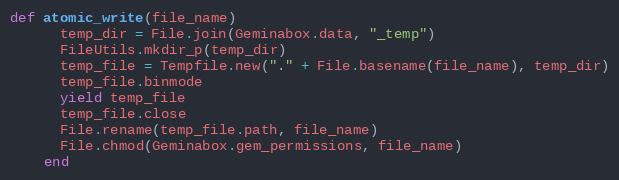
Language: Ruby
def atomic_write(file_name)
      temp_dir = File.join(Geminabox.data, "_temp")
      FileUtils.mkdir_p(temp_dir)
      temp_file = Tempfile.new("." + File.basename(file_name), temp_dir)
      temp_file.binmode
      yield temp_file
      temp_file.close
      File.rename(temp_file.path, file_name)
      File.chmod(Geminabox.gem_permissions, file_name)
    end